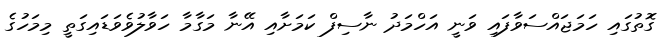
ގޮތުގައި ހަމަޖައްސަވާފައި ވަނީ އަހްމަދު ނާސިފް ކަމަށާއި އޭނާ މަގާމާ ހަވާލުވެވަޑައިގަތީ މިމަހުގެ